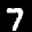
Label: 7